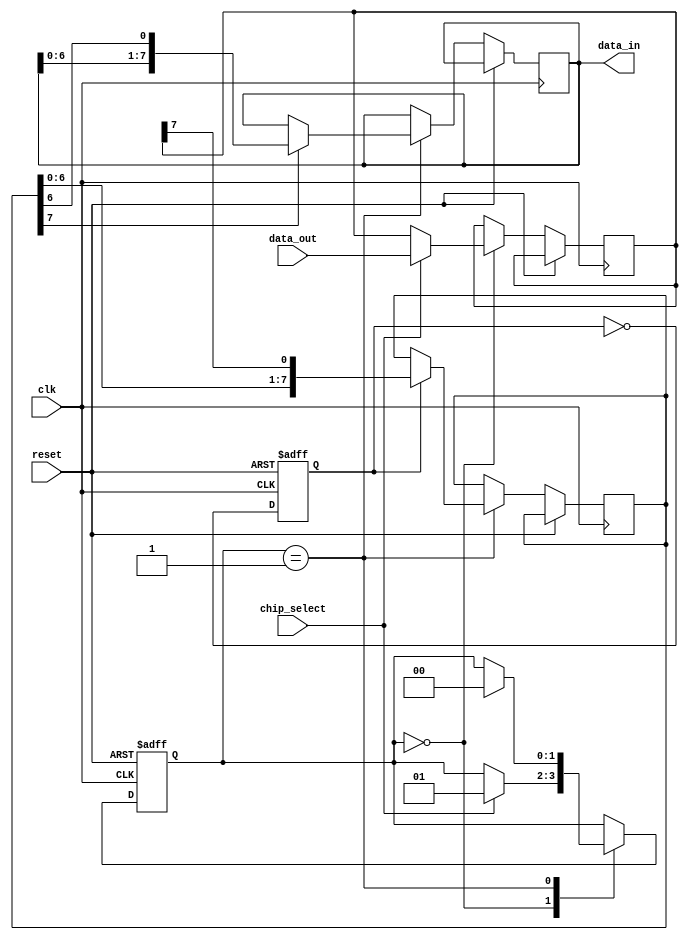
module SPI_Master(
    input wire clk,
    input wire reset,
    input wire chip_select,
    input wire [7:0] data_out,
    output reg [7:0] data_in
);

// Functional blocks
// Control block
reg [1:0] state;
reg transaction_start;
reg transaction_complete;

// Data buffer block
reg [7:0] data_buffer_out;
reg [7:0] data_buffer_in;

// State machine
parameter IDLE = 2'b00;
parameter TRANSFER = 2'b01;

// Clock generator block
reg clk_gen;

// Shift register block
reg [7:0] shift_reg_out;
reg [7:0] shift_reg_in;

// Data transfer block
reg transfer_enable;

// Control block
always @(posedge clk or posedge reset) begin
    if (reset == 1'b1) begin
        state <= IDLE;
        transaction_start <= 1'b0;
        transaction_complete <= 1'b0;
    end else begin
        case(state)
            IDLE: begin
                if (chip_select == 1'b1) begin
                    state <= TRANSFER;
                    transaction_start <= 1'b1;
                    data_buffer_out <= data_out;
                end
            end
            TRANSFER: begin
                if (clk_gen == 1) begin
                    shift_reg_out <= {shift_reg_out[6:0], data_buffer_out[7]};
                end
                if (shift_reg_in[7] == 1) begin
                    data_buffer_in <= {data_buffer_in[6:0], shift_reg_in[6]};
                end
                if (shift_out == 1) begin
                    state <= IDLE;
                    transaction_complete <= 1'b1;
                end
            end
        endcase
    end
end

// Clock generator block
always @(posedge clk or posedge reset) begin
    if (reset == 1) begin
        clk_gen <= 1'b0;
    end else begin
        clk_gen <= ~clk_gen;
    end
end

// Shift register block
assign shift_reg_in = shift_reg_out;

// Data transfer block
assign data_in = data_buffer_in;

endmodule